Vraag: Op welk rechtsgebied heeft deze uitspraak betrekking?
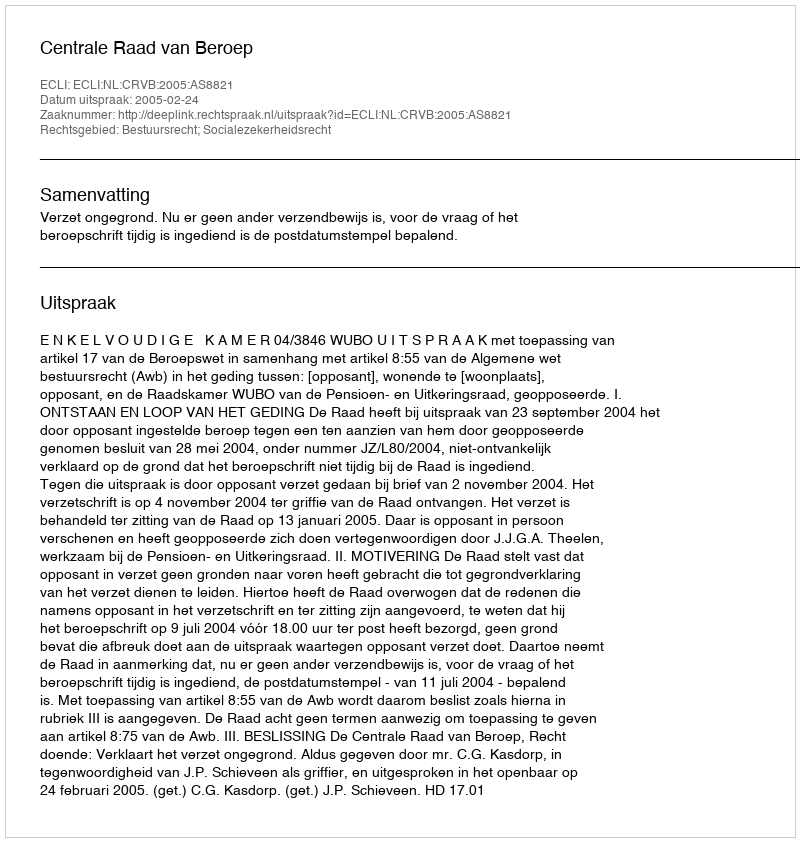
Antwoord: Bestuursrecht; Socialezekerheidsrecht